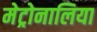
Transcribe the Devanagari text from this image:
मेट्रोनालिया